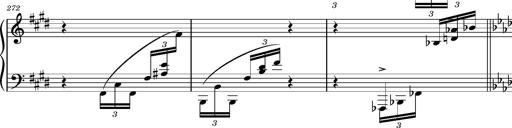
Title: Magyar rapszÃ³diÃ¡k
Composer: Franz Liszt